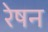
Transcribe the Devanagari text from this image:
रेषन